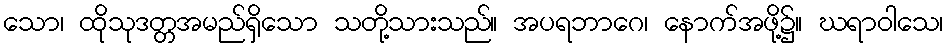
သော၊ ထိုသုဒတ္တအမည်ရှိသော သတို့သားသည်။ အပရဘာဂေ၊ နောက်အဖို့၌။ ဃရာဝါသေ၊